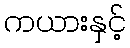
ကယားနှင့်